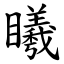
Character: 䂀